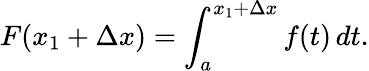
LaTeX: F(x_{1}+\Delta x)=\int_{a}^{x_{1}+\Delta x}f(t)\, dt.